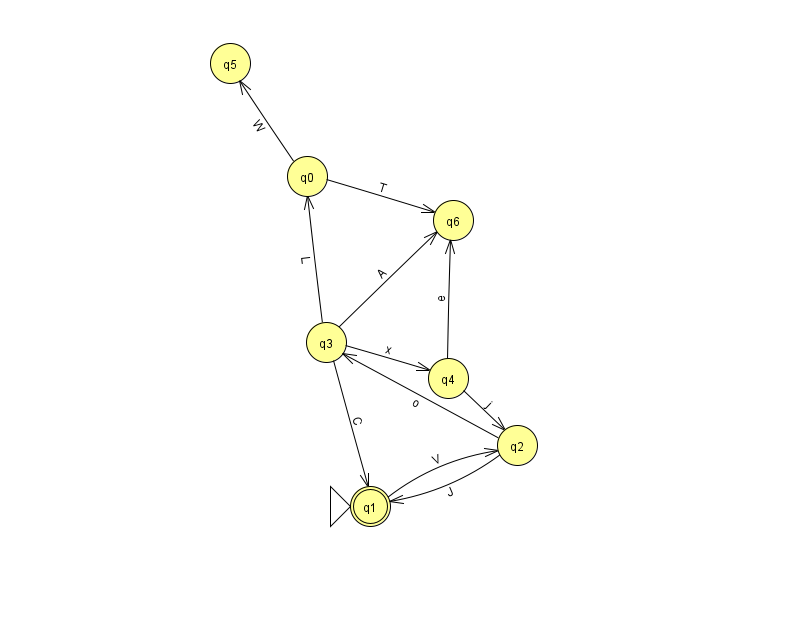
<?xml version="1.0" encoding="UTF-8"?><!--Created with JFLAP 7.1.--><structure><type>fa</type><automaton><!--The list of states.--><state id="0" name="q0"><x>307.0</x><y>163.0</y></state><state id="1" name="q1"><x>370.0</x><y>493.0</y><initial/><final/></state><state id="2" name="q2"><x>517.0</x><y>432.0</y></state><state id="3" name="q3"><x>326.0</x><y>329.0</y></state><state id="4" name="q4"><x>448.0</x><y>365.0</y></state><state id="5" name="q5"><x>230.0</x><y>50.0</y></state><state id="6" name="q6"><x>453.0</x><y>207.0</y></state><!--The list of transitions.--><transition><from>3</from><to>1</to><read>C</read></transition><transition><from>4</from><to>6</to><read>e</read></transition><transition><from>2</from><to>1</to><read>J</read></transition><transition><from>3</from><to>4</to><read>x</read></transition><transition><from>2</from><to>3</to><read>o</read></transition><transition><from>0</from><to>6</to><read>T</read></transition><transition><from>3</from><to>0</to><read>L</read></transition><transition><from>3</from><to>6</to><read>A</read></transition><transition><from>0</from><to>5</to><read>W</read></transition><transition><from>1</from><to>2</to><read>V</read></transition><transition><from>4</from><to>2</to><read>j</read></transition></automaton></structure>